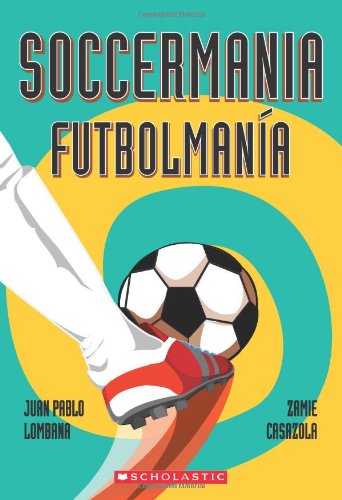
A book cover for Soccermania / FutbolmanÃ­a: (Bilingual) (Spanish Edition); Juan Pablo Lombana; Children's Books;